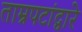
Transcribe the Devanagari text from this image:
ताम्रपटांद्वारे